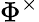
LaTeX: \Phi^{\times}